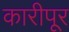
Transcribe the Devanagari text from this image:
कारीपूर